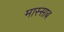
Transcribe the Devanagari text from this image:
मास्साब